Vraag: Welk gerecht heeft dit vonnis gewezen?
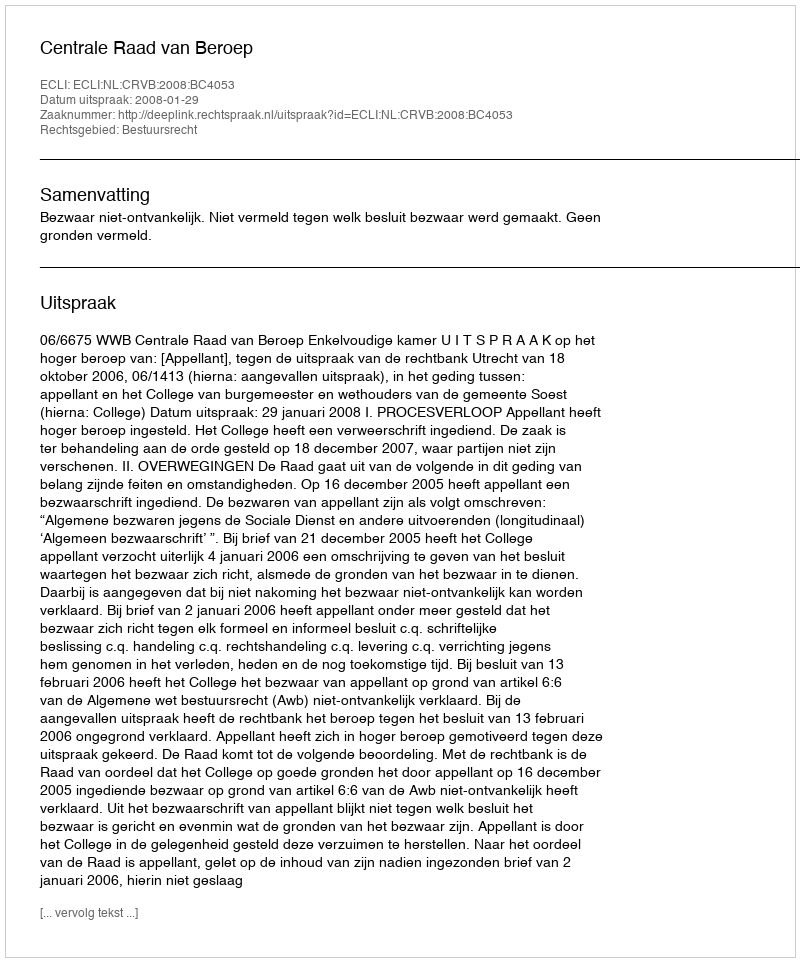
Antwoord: Centrale Raad van Beroep